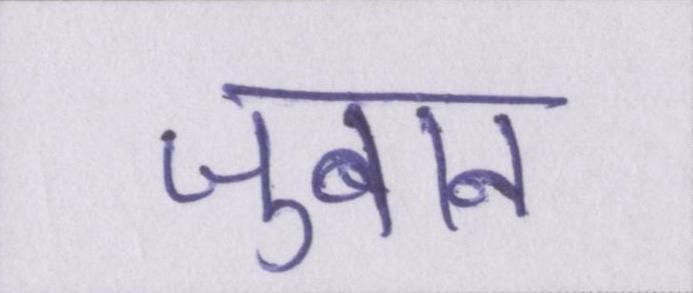
जुबान